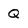
Character: Q